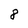
Character: 8